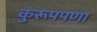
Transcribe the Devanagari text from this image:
कुरूपपणा